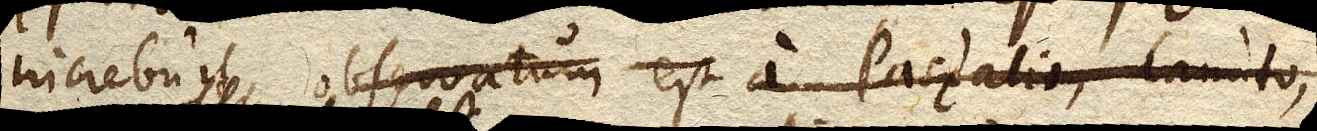
increbuit observatum est a Pascalio, Canuto